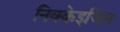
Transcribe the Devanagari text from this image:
निक्केइजिन